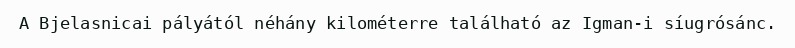
A Bjelasnicai pályától néhány kilométerre található az Igman-i síugrósánc.